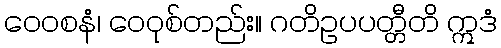
ဝေဝစနံ၊ ဝေဝုစ်တည်း။ ဂတိဥပပတ္တီတိ ဣဒံ